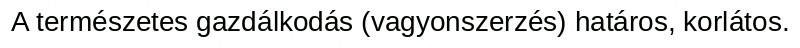
A természetes gazdálkodás (vagyonszerzés) határos, korlátos.